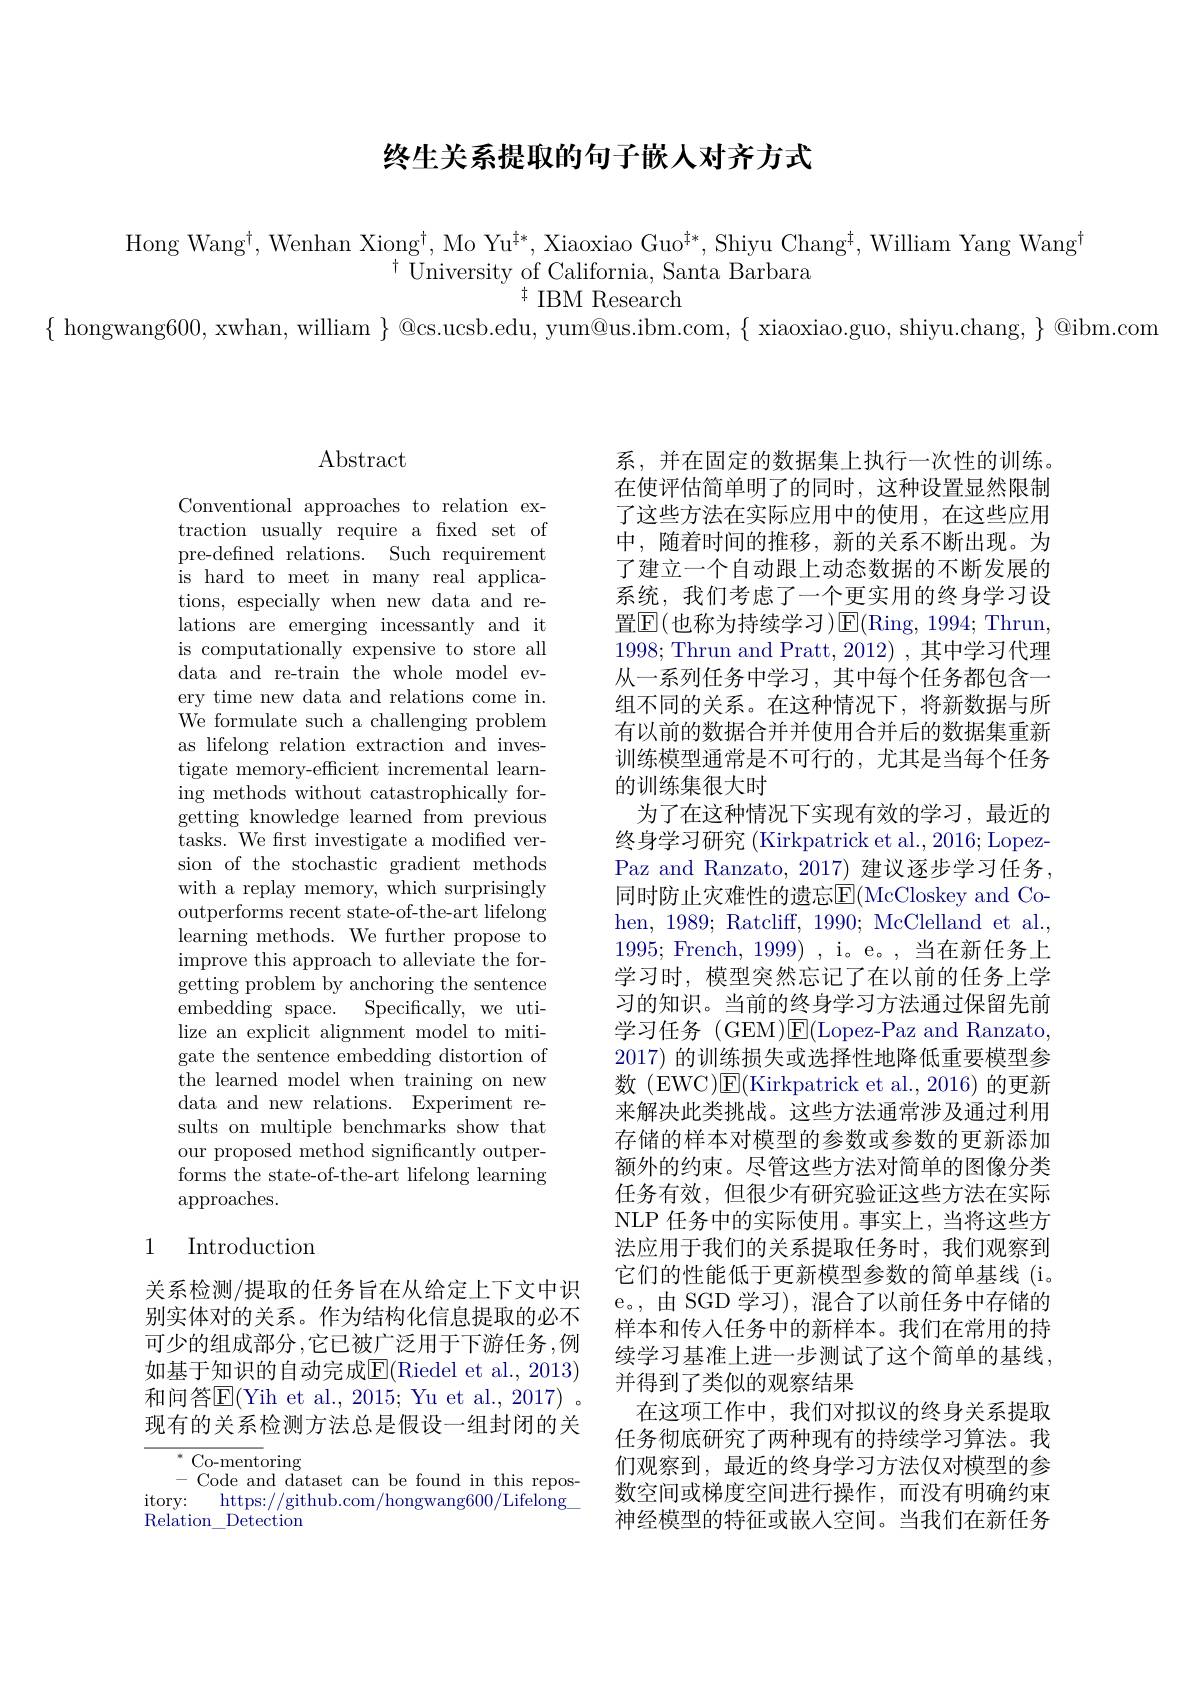
## 终牛关系提取的句子嵌人对齐方式

Hong Wang$^\dagger$, Wenhan Xiong$^\dagger$, Mo Yu$^{\dagger*}$, Xiaoxiao Guo$^\dagger*$, Shiyu Chang$^\dagger$, William Yang Wang$^\dagger$
$^{\dagger}$University of California, Santa Barbara
$^{\dagger}$IBM Research
$\{$ hongwang600,xwhan, william $\}$@cs.ucsb.edu, yum@us.ibm.com, $\{$ xiaoxiao.guo, shiyu.chang, $\}$ @ibm.com

## $\operatorname{Abstract}$

Conventional approaches to relation extraction usually require a fixed set of pre-defined relations. Such requirement is hard to meet in many real applica- tions, especially when new data and relations are emerging incessantly and it is computationally expensive to store all data and re-train the whole model every time new data and relations come in. We formulate such a challenging problem as lifelong relation extraction and investigate memory-efficient incremental learning methods without catastrophically forgetting knowledge learned from previous tasks. We first investigate a modified version of the stochastic gradient methods with a replay memory, which surprisingly outperforms recent state-of-the-art lifelong learning methods. We further propose to improve this approach to alleviate the forgetting problem by anchoring the sentence embedding space. Specifically, we utilize an explicit alignment model to mitigate the sentence embedding distortion of the learned model when training on new data and new relations. Experiment results on multiple benchmarks show that our proposed method significantly outperforms the state-of-the-art lifelong learning approaches.

## 1 Introduction

关系检测/提取的任务旨在从给定上下文中识别实体对的关系。作为结构化信息提取的必不可少的组成部分 ,它已被广泛用于下游任务 ,例如基于知识的自动完成$\underline{\mathrm{E}}($Riedel et al., 2013) 和问答$\overline{\mathrm{E}}($Yih et al., 2015; Yu et al., 2017) 。现有的关系检测方法总是假设一组封闭的关

${\overline{{^*}{\mathrm{~Co-ment}}}}$oring
-Code and dataset can be found in this repos- $\begin{array}{cc}\mathrm{itory:}&\mathrm{https://github.com/hongwang600/Lifelong}\\\mathrm{~and~}\end{array}$ Relation$\_$Detection

系，并在固定的数据集上执行一次性的训练。在使评估简单明了的同时，这种设置显然限制了这些方法在实际应用中的使用，在这些应用中，随着时间的推移，新的关系不断出现。为了建立一个自动跟上动态数据的不断发展的系统，我们考虑了一个更实用的终身学习设置$\overline{\mathrm{E}}($也称为持续学习)E(Ring, 1994; Thrun, 1998; Thrun and Pratt, 2012) , 其中学习代理从一系列任务中学习，其中每个任务都包含一组不同的关系。在这种情况下，将新数据与所有以前的数据合并并使用合并后的数据集重新训练模型通常是不可行的，尤其是当每个任务的训练集很大时
为了在这种情况下实现有效的学习，最近的终身学习研究 (Kirkpatrick et al., 2016; LopezPaz and Ranzato, 2017) 建议逐步学习任务， 同时防止灾难性的遗忘$\overline{\mathrm{E}}($McCloskey and Cohen, 1989; Ratcliff, 1990; McClelland et al., 1995; French, 1999), i。e。, 当在新任务上学习时，模型突然忘记了在以前的任务上学习的知识。当前的终身学习方法通过保留先前学习任务 (GEM)E(Lopez-Paz and Ranzato, 2017) 的训练损失或选择性地降低重要模型参数 (EWC)E(Kirkpatrick et al.,2016)的更新来解决此类挑战。这些方法通常涉及通过利用存储的样本对模型的参数或参数的更新添加额外的约束。尽管这些方法对简单的图像分类任务有效，但很少有研究验证这些方法在实际NLP 任务中的实际使用。事实上，当将这些方法应用于我们的关系提取任务时，我们观察到它们的性能低于更新模型参数的简单基线 (i。e。,由 SGD 学习), 混合了以前任务中存储的样本和传人任务中的新样本。我们在常用的持续学习基准上进一步测试了这个简单的基线， 并得到了类似的观察结果
在这项工作中，我们对拟议的终身关系提取任务彻底研究了两种现有的持续学习算法。我们观察到，最近的终身学习方法仅对模型的参数空间或梯度空间进行操作，而没有明确约束神经模型的特征或嵌人空间。当我们在新任务